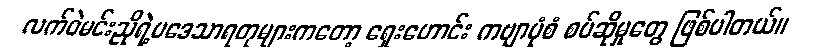
လက်ဝဲမင်းညိုရဲ့ပဒေသာရတုများကတော့ ရှေးဟောင်း ကဗျာပုံစံ စပ်ဆိုမှုတွေ ဖြစ်ပါတယ်။